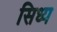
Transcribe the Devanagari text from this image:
सिध्य